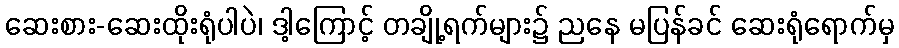
ဆေးစား-ဆေးထိုးရုံပါပဲ၊ ဒါ့ကြောင့် တချို့ရက်များ၌ ညနေ မပြန်ခင် ဆေးရုံရောက်မှ